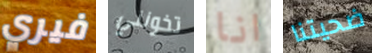
فيري تخونني انا ضحيتنا